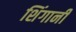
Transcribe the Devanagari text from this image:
शिंगानी